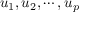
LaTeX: u _ { 1 } , u _ { 2 } , \cdots , u _ { p }